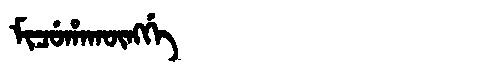
Manchu: ᠮᡳᠴᡠᡥᠠᡴᡡᠩᡤᡝ
Romanization: MICUHAKŪNGGE